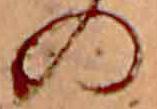
の